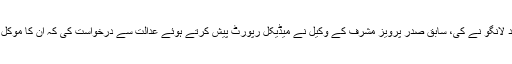
نواب اکبر بگٹی قتل کیس کی سماعت انسدادِ دہشتگردی کی خصوصی عدالت کے جج نذیر احمد لانگو نے کی، سابق صدر پرویز مشرف کے وکیل نے میڈیکل رپورٹ پیش کرتے ہوئے عدالت سے درخواست کی کہ ان کا موکل ناسازی طبع کے باعث سفر نہیں کرسکتے، اس لئے انہیں آج کی پیشی سے استثنیٰ دیا جائے۔